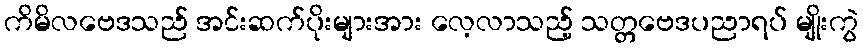
ကိမိလဗေဒသည် အင်းဆက်ပိုးများအား လေ့လာသည့် သတ္တဗေဒပညာရပ် မျိုးကွဲ